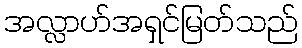
အလ္လာဟ်အရှင်မြတ်သည်